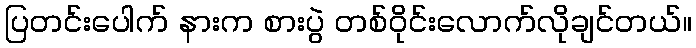
ပြတင်းပေါက် နားက စားပွဲ တစ်ဝိုင်းလောက်လိုချင်တယ်။